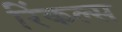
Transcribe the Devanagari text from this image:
रिंकल्स